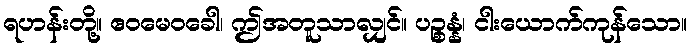
ရဟန်းတို့။ ဧဝမေဝခေါ၊ ဤအတူသာလျှင်။ ပဉ္စန္နံ၊ ငါးယောက်ကုန်သော။